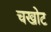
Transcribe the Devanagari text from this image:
चखोट